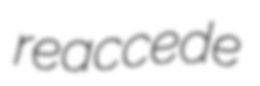
reaccede